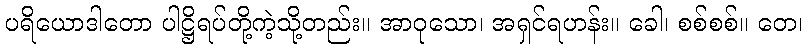
ပရိယောဒါတော ပါဋ္ဌိရပ်တို့ကဲ့သို့တည်း။ အာဝုသော၊ အရှင်ရဟန်း။ ခေါ၊ စစ်စစ်။ တေ၊